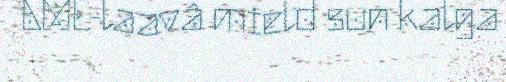
AME-laavâ mield sun kalga